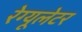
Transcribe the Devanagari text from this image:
रेग्यूलेटर